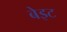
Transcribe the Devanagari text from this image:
बेइट